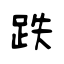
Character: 跌